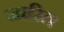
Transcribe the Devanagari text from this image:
जारित